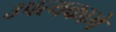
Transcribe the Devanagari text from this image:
उपत्यकामे